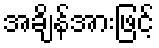
အချိန်အားဖြင့်